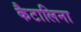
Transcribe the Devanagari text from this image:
कैटालिना